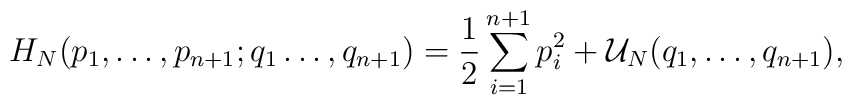
H_N(p_1,\ldots,p_{n+1};q_1\ldots,q_{n+1})={1\over2}\sum_{i=1}^{n+1} p_i^2 +{\cal U}_N (q_1,\ldots,q_{n+1}),